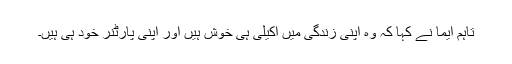
تاہم ایما نے کہا کہ وہ اپنی زندگی میں اکیلی ہی خوش ہیں اور اپنی پارٹنر خود ہی ہیں۔